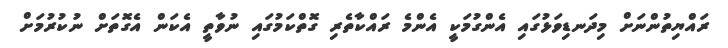
ރައްޔިތުންނަށް މިދަނޑިވަޅުގައި އެންގުމަކީ އެންމެ ރައްކާތެރި ގޮތްކަމުގައި ނުވާތީ އެކަން އެގޮތަށް ނުކުރުމަށް